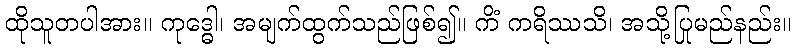
ထိုသူတပါအား။ ကုဒ္ဓေါ၊ အမျက်ထွက်သည်ဖြစ်၍။ ကိံ ကရိဿသိ၊ အသို့ပြုမည်နည်း။